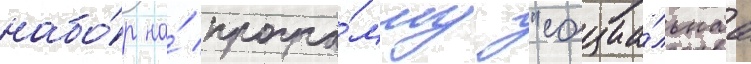
набо́р на́ програ́мму "социа́льнаа